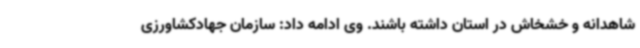
شاهدانه و خشخاش در استان داشته باشند. وی ادامه داد: سازمان جهادکشاورزی